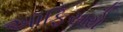
અૉફિસરો